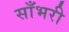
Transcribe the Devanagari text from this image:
साँभरी